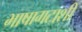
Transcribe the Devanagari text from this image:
भाषागटाशी